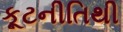
કૂટનીતિથી